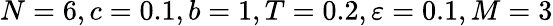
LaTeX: N=6,c=0.1,b=1,T=0.2,\varepsilon=0.1,M=3